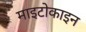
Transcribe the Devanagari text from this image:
माइटोकाइन